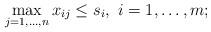
LaTeX: \begin{align*}\max_{j=1,\dots,n}x_{ij} \leq s_i,~i = 1,\dots,m;\end{align*}